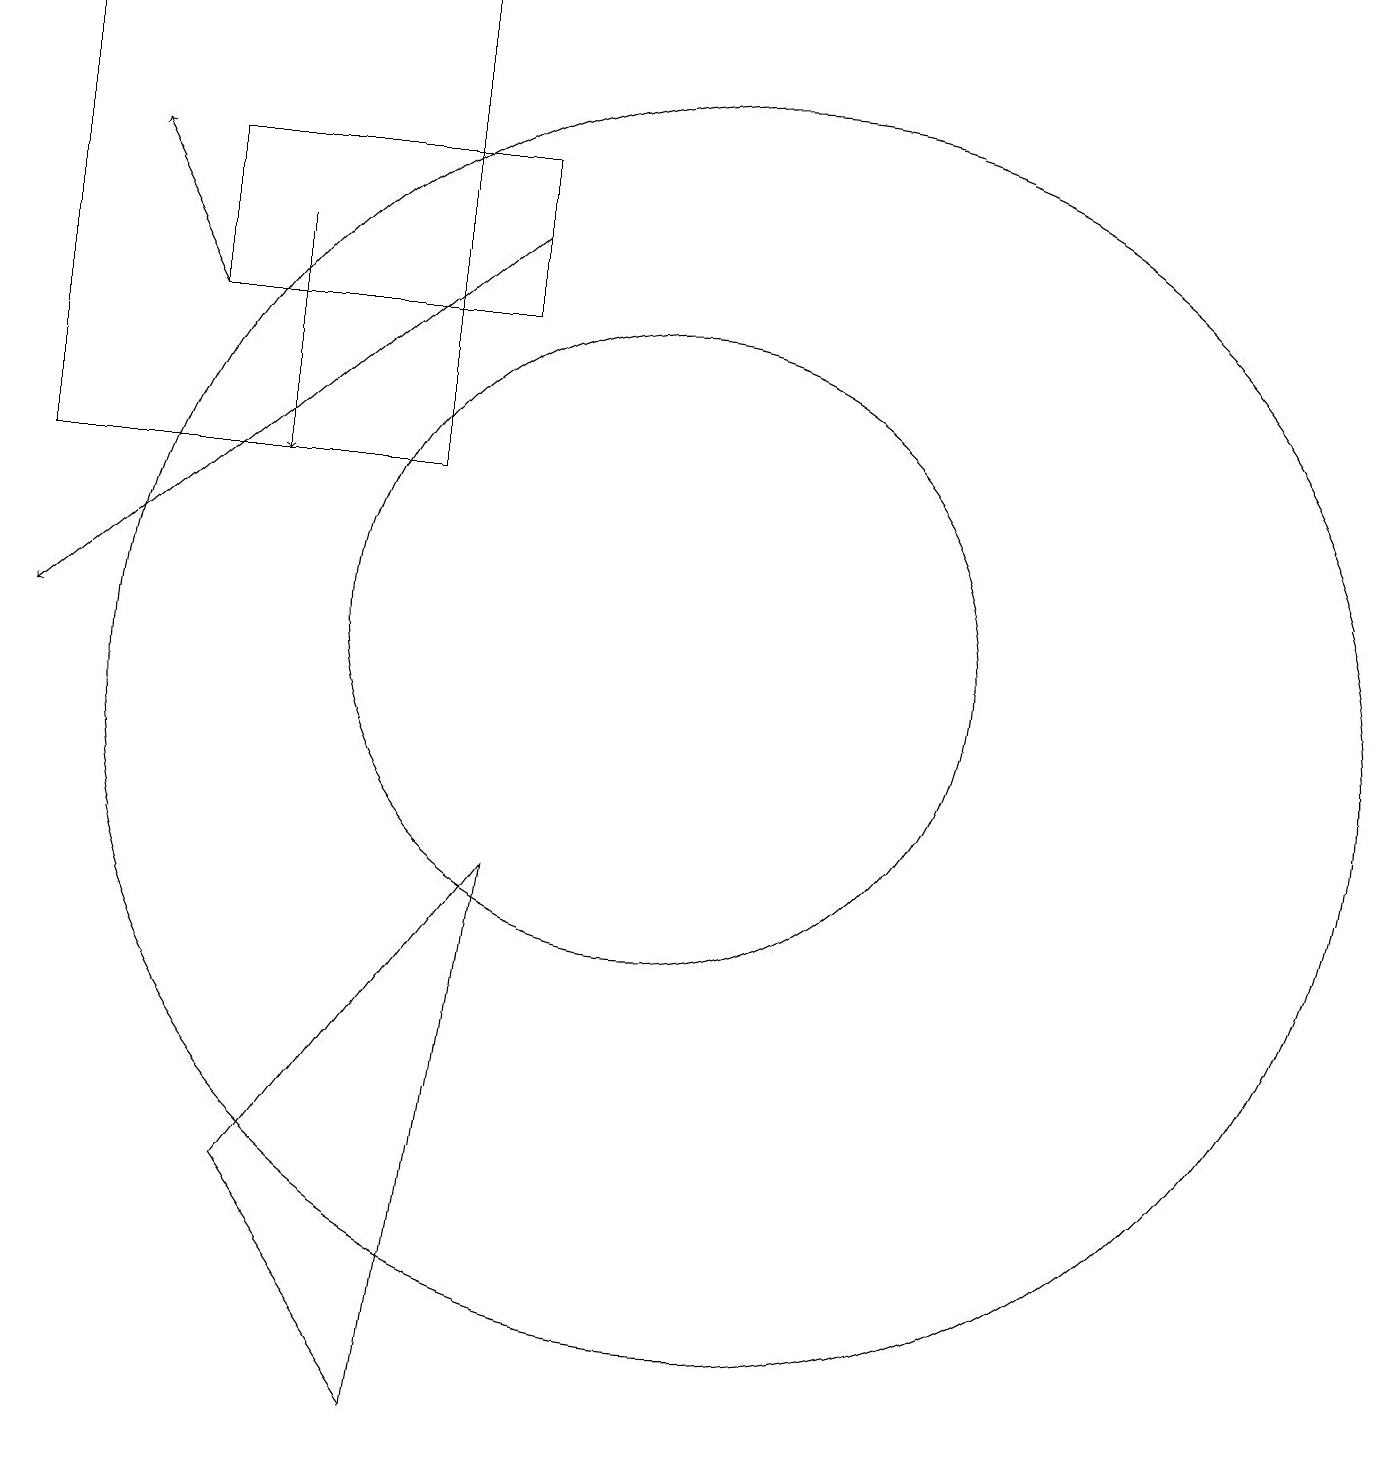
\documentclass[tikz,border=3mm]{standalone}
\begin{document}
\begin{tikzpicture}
\draw (6,4) -- (8,1) -- (9,8) -- cycle;
\draw[->] (6,16) -- (6,13);
\draw (8,19) rectangle (3,13);
\draw (5,15) rectangle (9,17);
\draw (11,11) circle (4);
\draw[->] (9,16) -- (3,11);
\draw (12,10) circle (8);
\draw[->] (5,15) -- (4,17);
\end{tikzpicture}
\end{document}